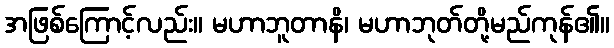
အဖြစ်ကြောင့်လည်း။ မဟာဘူတာနိ၊ မဟာဘုတ်တို့မည်ကုန်၏။